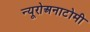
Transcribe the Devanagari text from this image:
न्यूरोअनाटोमी